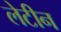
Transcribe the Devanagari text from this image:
लेटीन